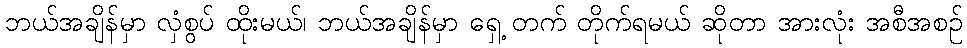
ဘယ်အချိန်မှာ လှံစွပ် ထိုးမယ်၊ ဘယ်အချိန်မှာ ရှေ့ တက် တိုက်ရမယ် ဆိုတာ အားလုံး အစီအစဉ်